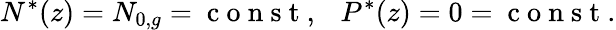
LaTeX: N^{*}(z)=N_{0,g}=\mathrm{~c~o~n~s~t~},\ \ \ P^{*}(z)=0=\mathrm{~c~o~n~s~t~}.